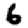
Digit: 6